Vaccination United Provinces of Agra and Oudh 1902-1913 - 1902-1913
Year: 1902
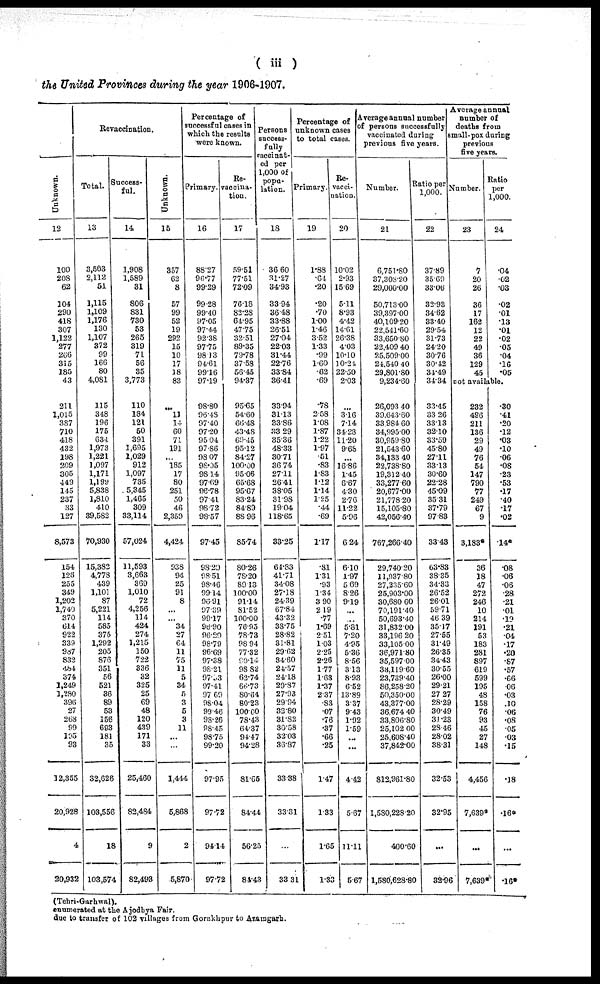
( iii )
the United Provinces during the year 1906-1907.
Unknown.
12
100
208
62
104
290
418
307
1,122
277
266
315
185
43
211
1,015
387
710
418
432
198
209
305
449
145
237
33
127
8,573
154
126
255
349
1,202
1,740
370
614
922
339
987
832
484
374
1,249
1,280
396
27
268
99
195
93
12,355
20,928
4
20,932
Revaccination.
Total.
13
3,563
2,112
51
1,115
1,109
1,176
130
1,107
372
99
166
80
4,081
115
348
196
175
634
1,973
1,221
1,097
1,171
1,199
5,838
1,810
410
39,582
70,930
15,382
4,778
439
1,101
87
5,221
114
585
375
1,292
205
876
351
56
521
36
89
53
156
693
181
35
32,626
103,556
18
103,574
Success¬
ful.
14
1,908
1,589
31
806
831
730
53
265
319
71
56
35
3,773
110
184
121
50
391
1,695
1,029
912
1,097
735
5,345
1,465
309
33,114
57,024
11,593
3,663
369
1,010
72
4,256
114
424
274
1,215
150
722
336
32
325
25
69
48
120
439
171
33
25,460
82,484
9
82,493
Unknown.
15
357
62
8
57
99
52
19
292
15
10
17
18
83
...
11
14
60
71
191
...
185
17
80
251
50
46
2,359
4,424
938
94
25
91
8
...
... 34
27
64
11
75
11
5
34
5
3
5
3
11
...
...
1,444
5,868
2
5,870
Percentage of
successful cases in
which the results
were known.
Primary.
16
88.27
96.77
99.29
99.28
99.40
97.05
97.44
92.38
97.75
98.13
94.61
99.16
97.19
98.80
96.48
97.40
97.20
95.04
97.86
98.07
98.05
98.14
97.69
96.78
97.41
98.72
98.57
97.45
98.29
98.51
98.46
99.14
96.91
97.39
99.17
96.90
96.29
98.79
96.69
97.38
98.21
97.93
97.41
97.69
98.04
99.46
98.26
98.45
98.75
99.20
97.95
97.72
94.14
97.72
Re¬
vaccina¬
tion.
17
59.51
77.51
72.09
76.18
82.28
64.95
47.75
32.51
89.35
79.78
37.58
56.45
94.37
95.65
54.60
66.48
43.48
69.45
95.12
84.27
100.00
95.06
65.68
95.67
83.24
84.89
88.96
85.74
80.26
78.20
89.13
100.00
91.14
81.52
100.00
76.95
78.73
98.94
77.32
90.14
98.82
62.74
66.73
80.64
80.23
100.00
78.43
64.37
94.47
94.28
81.65
84.44
56.25
84.43
Persons
success¬
fully
vaccinat¬
ed per
1,000 of
popu¬
lation.
18
36.60
31.27
34.93
33.94
36.48
33.88
26.51
27.04
22.03
31.44
22.76
33.84
36.41
33.94
31.13
33.86
33.29
35.36
48.33
30.71
36.74
27.11
26.41
38.05
31.98
19.04
118.65
33.25
64.83
41.71
34.08
27.18
24.39
67.84
43.32
38.75
28.82
31.81
29.62
34.60
24.57
24.18
29.87
27.93
29.94
32.80
31.82
30.58
32.03
36.87
33.38
33.31
...
33.31
Percentage of
unknown cases
to total cases.
Primary.
19
1.88
.64
.20
.20
.70
1.00
1.46
3.52
1.33
.99
1.60
.62
.69
.78
2.58
1.08
1.87
1.22
1.97
.51
.83
1.83
1.12
1.14
1.25
.44
.69
1.17
.81
1.31
.93
1.34
3.90
2.19
.77
1.69
2.51
1.03
2.25
2.26
1.77
1.63
1.37
2.37
.83
.07
.76
.37
.66
.25
1.47
1.33
1.65
1.33
Re¬
vacci¬
ation.
20
10.02
2.93
15.69
5.11
8.93
4.42
14.61
26.38
4.03
10.10
10.24
22.50
2.03
...
3.16
7.14
34.28
11.20
9.68
...
16.86
1.45
6.67
4.30
2.76
11.22
5.96
6.24
6.10
1.97
5.69
8.26
9.19
...
...
5.81
7.20
4.95
5.36
8.56
3.13
8.93
6.52
13.89
3.37
9.43
1.92
1.59
...
...
4.42
5.67
11.11
5.67
Average annual number
of persons successfully
vaccinated during
previous five years.
Number.
21
6,751.80
37,303.20
29,000.00
50,713.00
39,397.00
40,109.20
22,541.60
33,650.80
22,409.40
25,509.00
24.540.40
29,801.80
9,234.60
26,093.40
39,643.60
33,984.60
34,995.00
30,959.80
21,543.60
34,133.40
22,738.80
19,312.40
33,277.60
20,677.00
21,778.20
15,105.80
42,056.40
767,266.40
29,740.20
11,937.80
27,235.60
25,903.00
30,680.60
70,191.40
50,693.40
31,832.00
33,196.20
33,105.00
36,971.80
35,597.00
33,119.60
23,739.40
86,258.20
50,350.00
43,377.00
36,674.40
33,806.80
25,102.00
25,608.40
37,842.00
812,961.80
1,580,228.20
400.60
l,580,628.80
Ratio per
1,000.
22
37.89
35.69
33.06
32.93
34.62
33.40
29.54
31.73
24.20
30.76
30.42
34.49
34.34
33.45
33.26
33.13
32.10
33.59
45.80
27.11
33.13
30.60
22.28
45.09
35.31
37.79
97.83
33.43
63.83
38.35
34.33
26.52
26.01
59.71
46.39
35.17
27.55
31.49
26.35
34.43
30.55
26.00
29.21
27.27
28.29
30.49
31.23
28.46
28.02
38.31
32.53
32.95
...
32.96
Average annual
number of
deaths from
small-pox during
previous
five years.
Number.
23
7
20
26
36
17
162
12
22
49
36
129
45
Ratio
per
1,000.
24
.04
.02
.03
.02
.01
.13
.01
.02
.05
.04
.16
.05
not available.
232
496
211
136
29
49
76
54
147
790
77
249
67
9
3,183*
36
18
47
272
246
10
214
191
53
183
281
897
619
599
195
48
158
76
93
45
27
148
4,456
7,639*
...
7,639*
.30
.41
.20
.12
.03
.10
.06
.08
.23
.53
.17
.40
.17
.02
.14*
.08
.06
.06
.28
.21
.01
.19
.21
.04
.17
.20
.87
.57
.66
.06
.03
.10
.06
.08
.05
.03
.15
.18
.16*
...
.16*
(Tehri-Garhwal).
enumerated at the Ajodhya Fair.
due to transfer of 102 villages from Gorakhpur to Azamgarh.